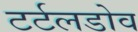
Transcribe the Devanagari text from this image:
टर्टलडोव